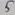
Text: 5